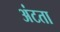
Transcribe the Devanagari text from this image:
अंटता